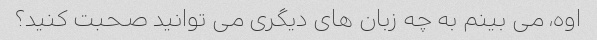
اوه، می بینم به چه زبان های دیگری می توانید صحبت کنید؟